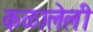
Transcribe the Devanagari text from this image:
कळालेली